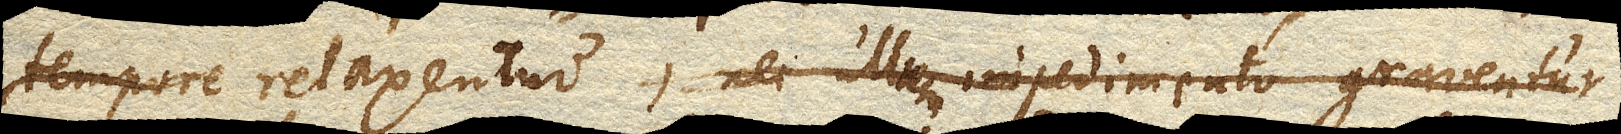
tempore relaxentur, nec ullo impedimento graventur